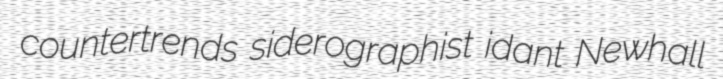
countertrends siderographist idant Newhall